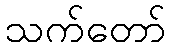
သက်တော်